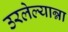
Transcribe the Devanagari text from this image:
उरलेल्यान्ना